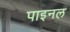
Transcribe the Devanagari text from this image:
पाइनल